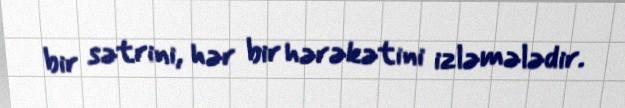
bir sətrini, hər bir hərəkətini izləmələdir.